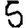
Digit: 5